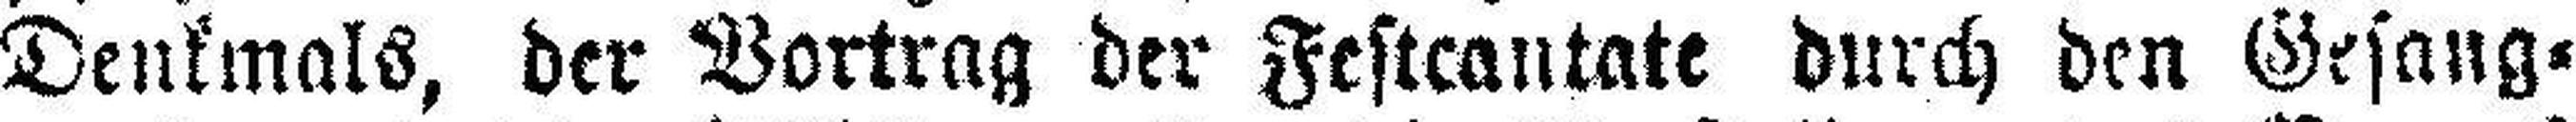
Denkmals, der Vortrag der Festcantate durch den Gesang¬